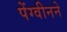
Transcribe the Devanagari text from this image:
पेंग्वीनने